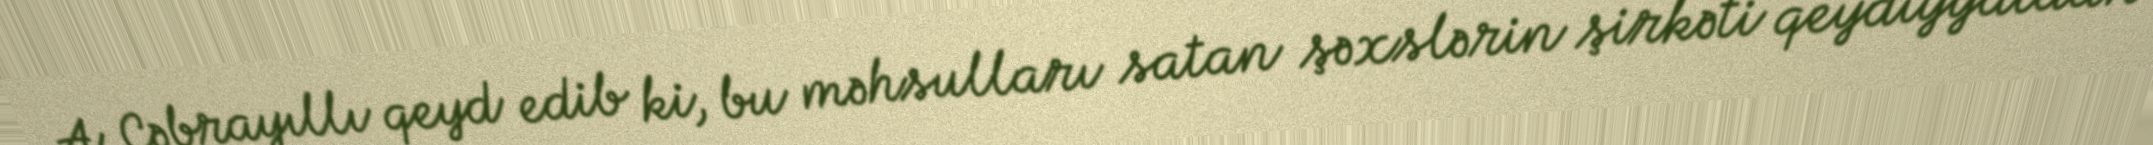
A. Cəbrayıllı qeyd edib ki, bu məhsulları satan şəxslərin şirkəti qeydiyyatdan